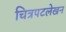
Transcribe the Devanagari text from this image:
चित्रपटलेखन